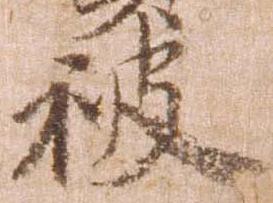
被